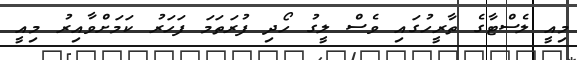
މިއީ ލެސްޓާގެ ތާރީހުގައި ވެސް ލީގު ހޯދި ފުރަތަމަ ފަހަރު ކަމަށްވާއިރު މިއީ